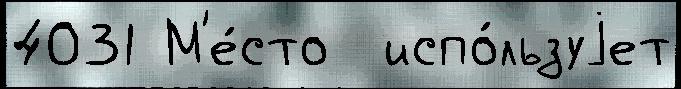
4031 М'е́сто  испо́льзуjет